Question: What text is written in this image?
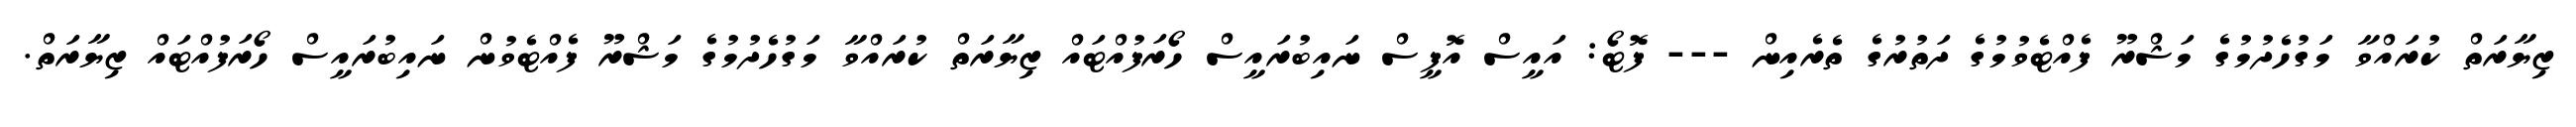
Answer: ޒިޔާރަތް ކުރައްވާ މަގުހެދުމުގެ މަޝްރޫ ފެއްޓެވުމުގެ ދަތުރުގެ ތެރެއިން --- ފޮޓޯ: އައީސް އޮފީސް ނައިބުރައީސް ހޯރަފުއްޓައް ޒިޔާރަތް ކުރައްވާ މަގުހެދުމުގެ މަޝްރޫ ފެއްޓެވުން ނައިބުރައީސް ހޯރަފުއްޓައް ޒިޔާރަތް.